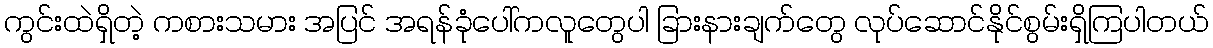
ကွင်းထဲရှိတဲ့ ကစားသမား အပြင် အရန်ခုံပေါ်ကလူတွေပါ ခြားနားချက်တွေ လုပ်ဆောင်နိုင်စွမ်းရှိကြပါတယ်